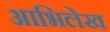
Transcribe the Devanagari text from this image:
आभिलेख